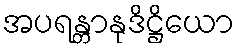
အပရန္တာနုဒိဋ္ဌိယော